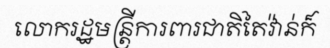
លោករដ្ឋមន្ត្រីការពារជាតិតៃវ៉ាន់ក៏